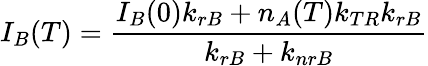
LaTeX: I_{B}(T)=\frac{I_{B}(0)k_{rB}+n_{A}(T)k_{TR}k_{rB}}{k_{rB}+k_{nrB}}